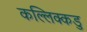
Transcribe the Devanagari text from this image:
कल्लिक्कडु